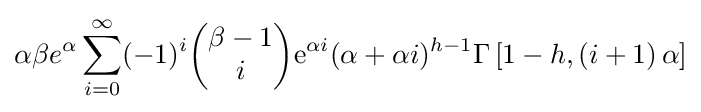
\alpha \beta e^{\alpha }\sum _{i=0}^{\infty }(-1)^{i}{\begin{pmatrix}\beta -1\\i\end{pmatrix}}\mathrm {e} ^{\alpha i}(\alpha +\alpha i)^{h-1}\Gamma \left[1-h,\left(i+1\right)\alpha \right]